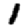
Digit: 1